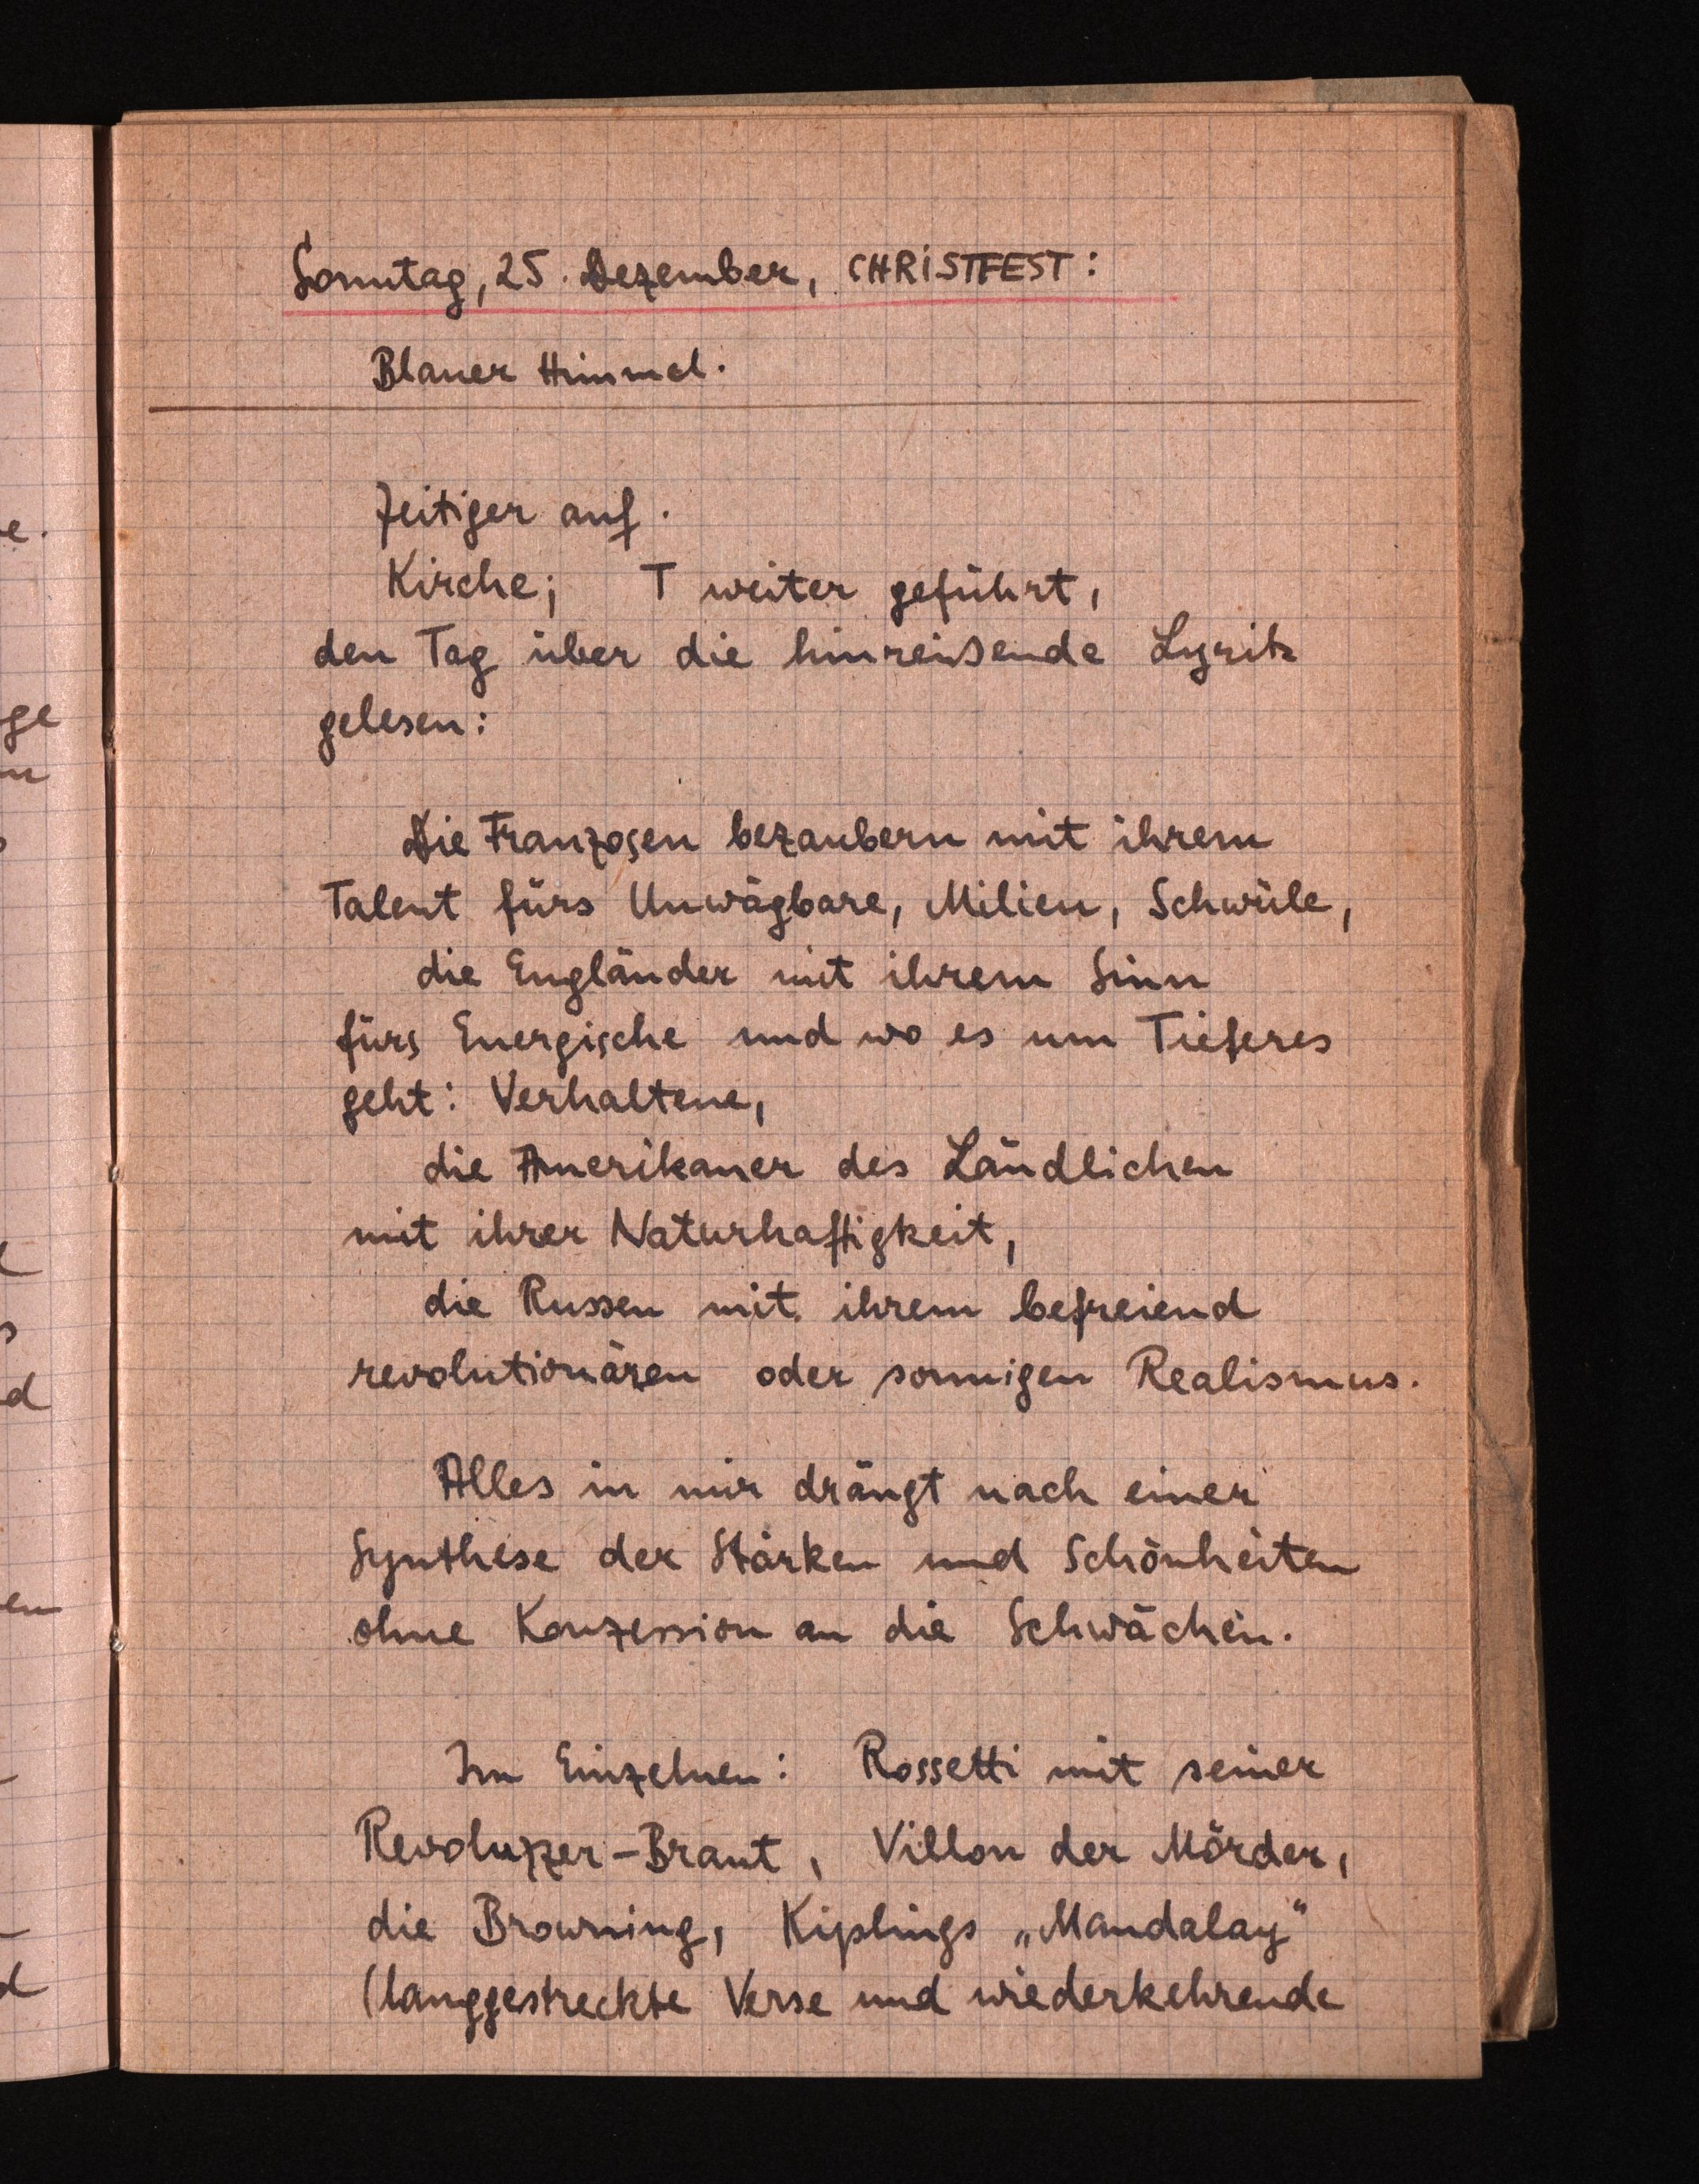
Sonntag, 25.Dezember, CHRISTFEST:
Blauer Himmel.
Zeitiger auf.
Kirche; T weiter geführt,
den Tag über die hinreißende Lyrik
gelesen:
Die Franzosen bezaubern mit ihrem
Talent fürs Unwägbare, Milieu,Schwüle,
die Engländer mit ihrem Sinn
 fürs Energische und wo es um Tieferes
geht: Verhaltene,
die Amerikaner des Ländlichen
mit ihrer Naturhaftigkeit,
die Russen mit ihrem befreiend
revolutionären oder sonnigen Realismus.
Alles in mir drängt nach einer
Synthese der Stärken und Schönheiten
ohne Konzession an die Schwächen.
Im Einzelnen: Rossetti mit seiner
Revoluzzer-Braut, Villon der Mörder,
die Browning, Kiplings "Mandalay"
(langgestreckte Verse und wiederkehrendek